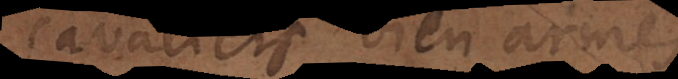
cavaliers bien ar